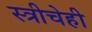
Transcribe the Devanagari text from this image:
स्त्रीचेही